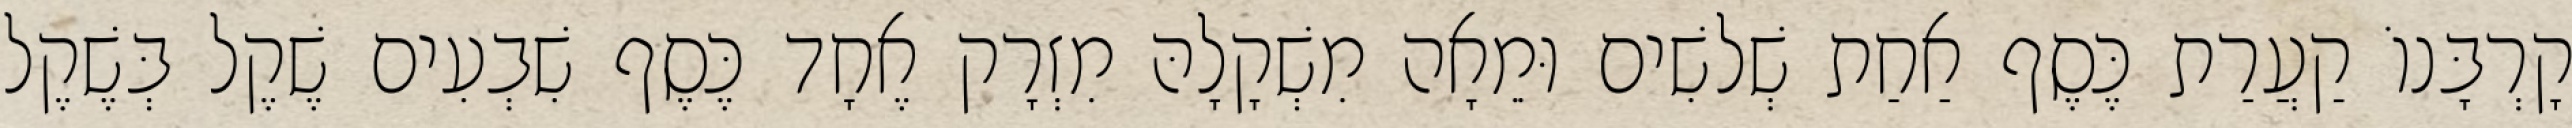
קָרְבָּנוֹ קַעֲרַת כֶּסֶף אַחַת שְׁלשִׁים וּמֵאָה מִשְׁקָלָהּ מִזְרָק אֶחָד כֶּסֶף שִׁבְעִים שֶׁקֶל בְּשֶׁקֶל